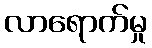
လာရောက်မှု